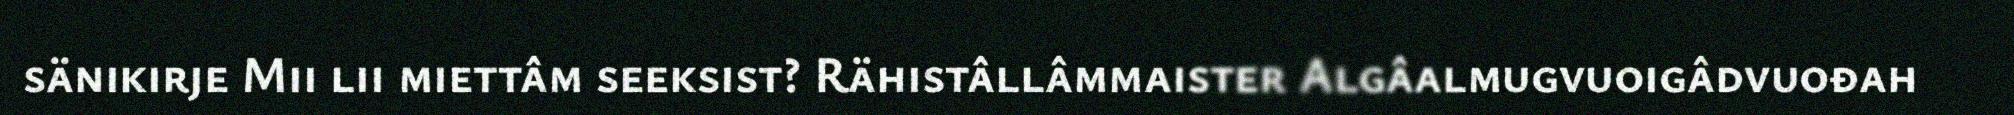
sänikirje Mii lii miettâm seeksist? Rähistâllâmmaister Algâalmugvuoigâdvuođah